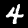
Label: 4